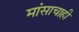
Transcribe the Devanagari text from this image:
मांसाचाही